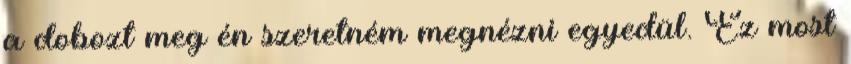
a dobozt meg én szeretném megnézni egyedül. Ez most